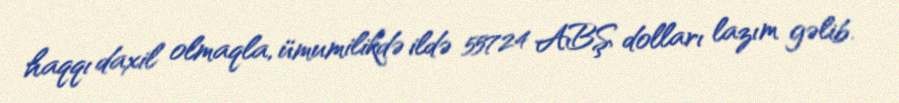
haqqı daxil olmaqla, ümumilikdə ildə 55724 ABŞ dolları lazım gəlib.